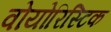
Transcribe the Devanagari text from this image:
वोयोरिस्टिक